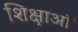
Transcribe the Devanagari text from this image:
शिक्षाऑ